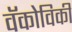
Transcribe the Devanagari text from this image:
वॅकोविकी